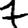
Digit: 7